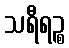
သရီရဉ္စ